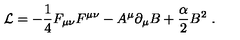
{ \cal L } = - { \frac { 1 } { 4 } } F _ { \mu \nu } F ^ { \mu \nu } - A ^ { \mu } \partial _ { \mu } B + { \frac { \alpha } { 2 } } { B } ^ { 2 } \ .